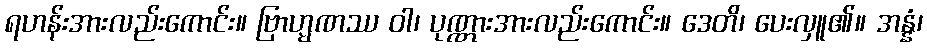
ရဟန်းအားလည်းကောင်း။ ဗြာဟ္မဏဿ ဝါ၊ ပုဏ္ဏားအားလည်းကောင်း။ ဒေတိ၊ ပေးလှူ၏။ အန္နံ၊